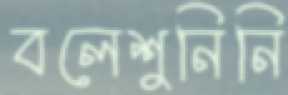
বলেশুনিনি